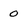
Character: 0